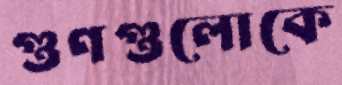
গুণগুলোকে